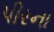
પીરના